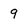
Character: 9